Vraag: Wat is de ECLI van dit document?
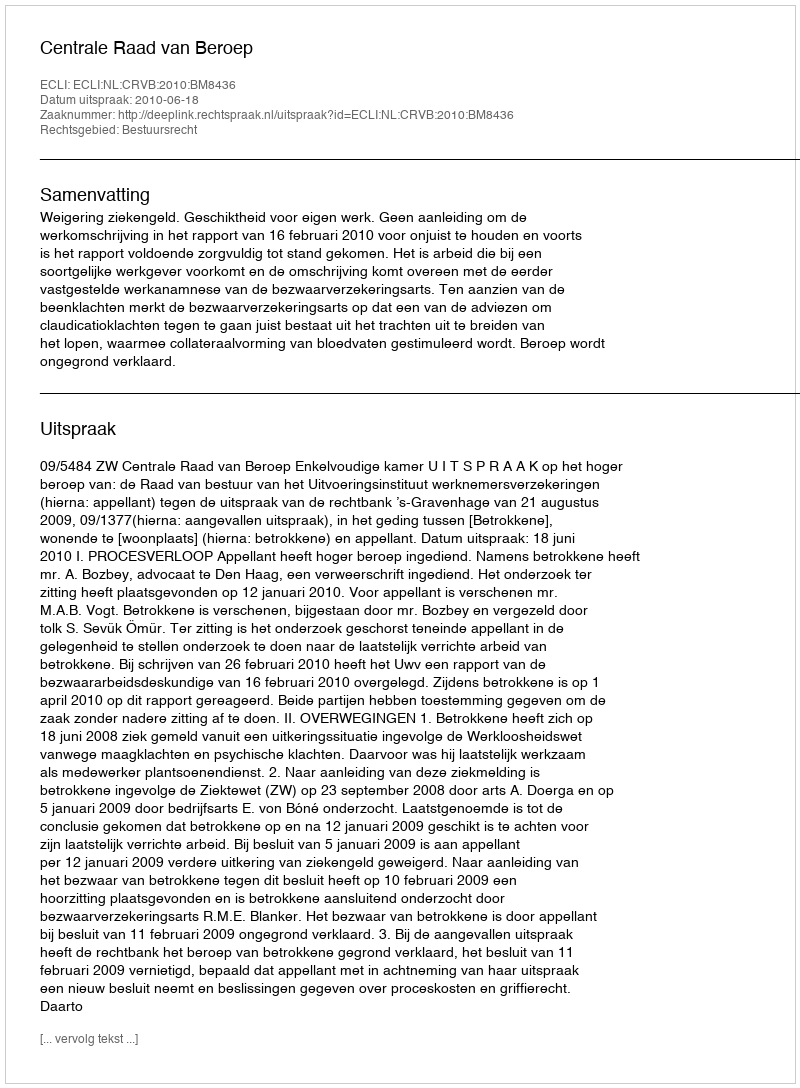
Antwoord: ECLI:NL:CRVB:2010:BM8436